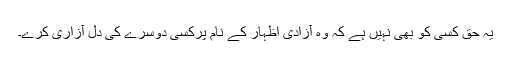
یہ حق کسی کو بھی نہیں ہے کہ وہ آزادی اظہار کے نام پرکسی دوسرے کی دل آزاری کرے۔